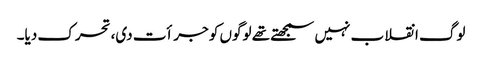
لوگ انقلاب نہیں سمجھتے تھے لوگوں کو جرأت دی، تحرک دیا۔